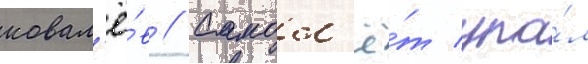
ковал'ё́в // Самол'ё́т упа́л